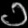
Digit: ၁